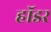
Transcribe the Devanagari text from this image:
हॉडर